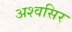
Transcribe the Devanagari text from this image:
अश्वसिर